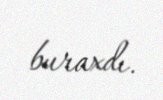
buraxdı.